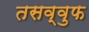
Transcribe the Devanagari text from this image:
तसव्‍वुफ